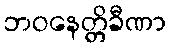
ဘဝနေတ္တိခီဏာ